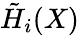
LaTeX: {\tilde{H}}_{i}(X)